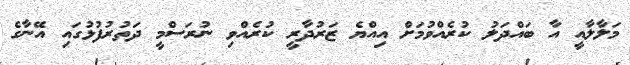
މަލާލާއީ އާ ބައްދަލު ކުރެއްވުމަށް އިއްޔެ ޒަރުދާރީ ކުރެއްވި ނުރަސްމީ ދަތުރުފުޅުގައި އޭނާގެ